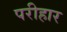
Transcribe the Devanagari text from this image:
परीहार